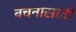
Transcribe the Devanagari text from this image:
वचनासाठी